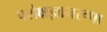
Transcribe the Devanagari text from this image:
परोक्षज्ञानरूपा